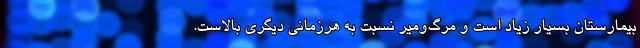
بیمارستان بسیار زیاد است و مرگ‌ومیر نسبت به هرزمانی دیگری بالاست.